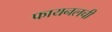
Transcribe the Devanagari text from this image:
फायनलची